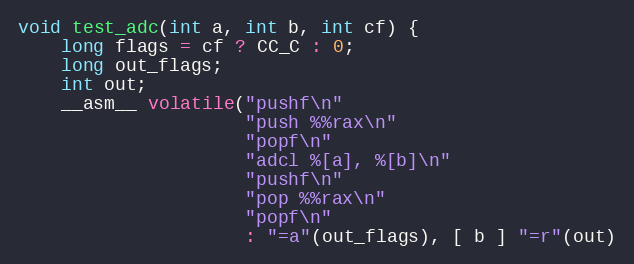
Language: C
void test_adc(int a, int b, int cf) {
    long flags = cf ? CC_C : 0;
    long out_flags;
    int out;
    __asm__ volatile("pushf\n"
                     "push %%rax\n"
                     "popf\n"
                     "adcl %[a], %[b]\n"
                     "pushf\n"
                     "pop %%rax\n"
                     "popf\n"
                     : "=a"(out_flags), [ b ] "=r"(out)